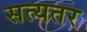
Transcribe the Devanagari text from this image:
सत्यतर